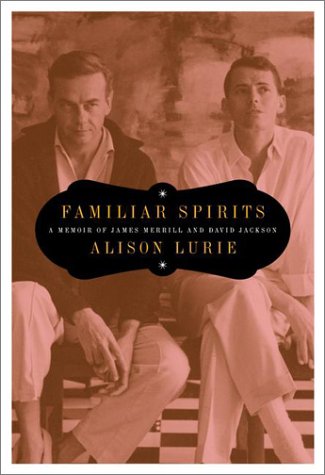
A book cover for Familiar Spirits: A Memoir of James Merrill and David Jackson; Alison Lurie; Gay & Lesbian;